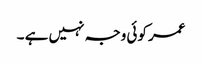
عمر کوئی وجہ نہیں ہے ۔